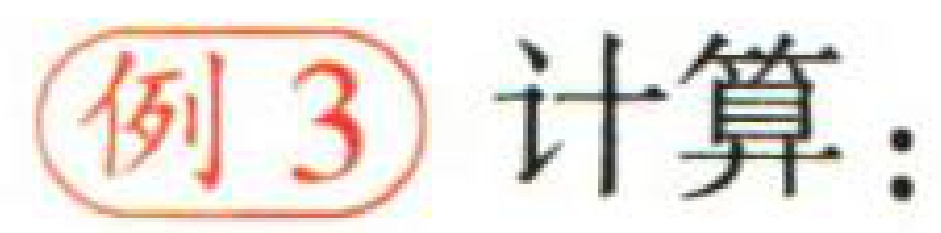
例 3 计算：